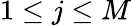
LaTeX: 1\leq j\leq M